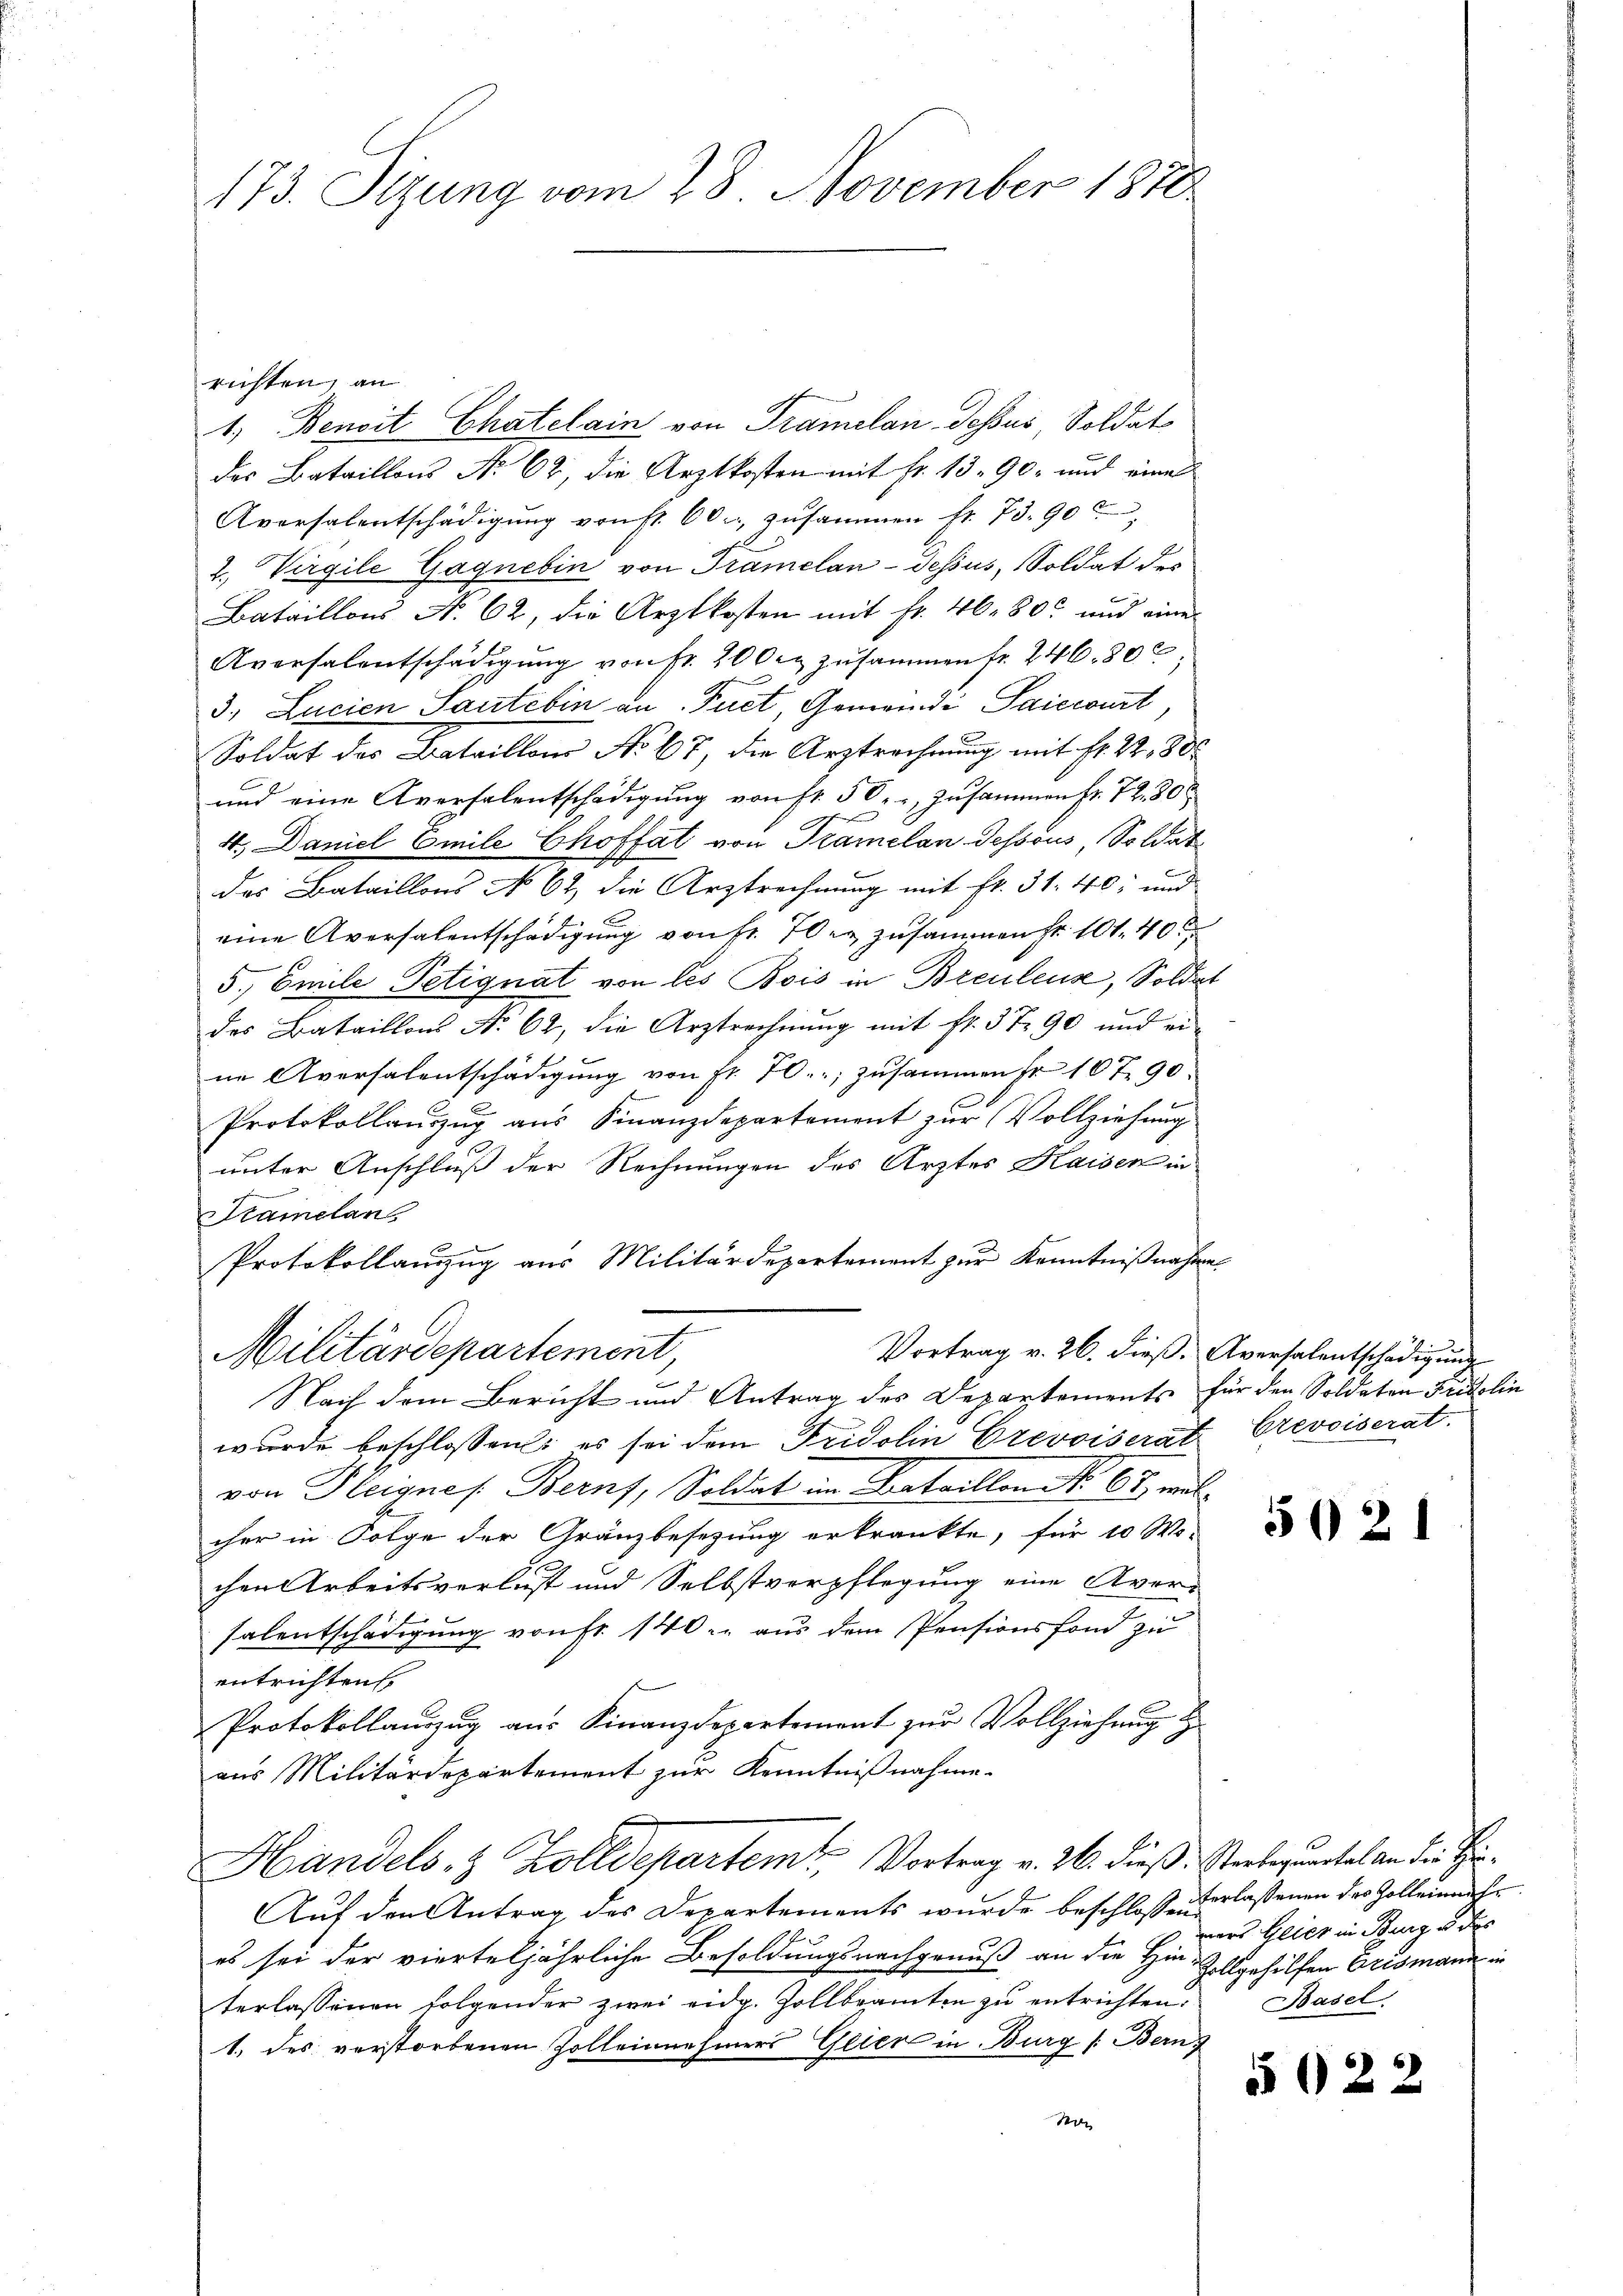
173. Sizung vom 28 November 1876.

richten, an
1. Benoit Chatelain von Tramelan-dessus, Soldat
des Bataillons No 62, die Arztkosten mit fr. 1390, und eine
Aversalentschädigŭng von sr. 60. zusammen fr. 73. 90
2., Virgile Gagnebin von Tramelan-Tessus, Soldat des
Bataillons N. 62, die Arztkosten mit Fr. 46. 800 und eine
Aversalentschädigung von fr. 200 zusammen fr. 246. 80
3, Lucien Saute bin an Tuet, Gemeinde Saiecourt,
Soldat des Bataillons No 67, die Arztrechnung mit Fr. 22,885
und eine Aversalentschädigung von fr. 50. zusammen fr. 72. 80
4.) Daniel Emile Choffat von Tramelan dessous, Soldat
das Bataillons No 62, die Arztrechnung mit Fr. 31. 40; und
eine Aversalentschädigung von fr. 70 er zusammen fr. 101. 40
5., Emile Petignat von les Bois in Breulens, Soldat
des Bataillons No 62, die Arztrechnŭng mit fr. 3 t 90 und ei-
ne Aversalentschädigung von Fr. 70.; zusammen Fr. 107 90
Protokollauszug aus Finanzdepartement zur Vollziehung
unter Anschluß der Rechnungen des Arztes Kaisen in
Sramelan
6
Protokollanzug aus Militärdepartement zur Kenntnißnahme
Vortrag v. 26. dieß. Aversalentschädigung
Militärdepartement,
Nach dem Bericht und Antrag des Departements für den Soldaten Fridolin
wurde beschlossen: es sei dem Fridolin Crevoiserat Crevoiserat
von Heignes Berns, Soldat in Bataillon No. 67, welcher in Folge der Gränzbesetzung erkrankte, für 10 Wo-
chen Arbeitsverlust und Selbstverpflegung eine Aver-
salentschädigung von fr. 140. aus dem Pensionsfond zu
entrichten,
Protokollauszug aus Finanzdepartement zur Vollziehung
aus Militärdepartement zur Kenntnißnahme.
Handels- & Zolldepartem Vortrag v. 26. dieß. Gerbegnantel an der Ti¬
Auf den Antrag des Departements wurde beschlossen erlassenen des Zoll einmah
es sei der vierteljährliche Besoldungsnachgenuß an die Hin-Zollgehilfen Erismann in
terlassenen folgender zwei eidg. Zollbeamten zŭ entrichten. Basel
1. des verstorbenen Zolleinnehmers Glier in Burg /: Bern
1

5021

mors Weier in Rang es der

5022